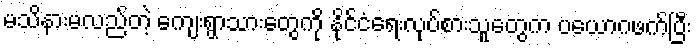
မသိနားမလည်တဲ့ ကျေးရွာသားတွေကို နိုင်ငံရေးလုပ်စားသူတွေက ပယောဂဖက်ပြီး